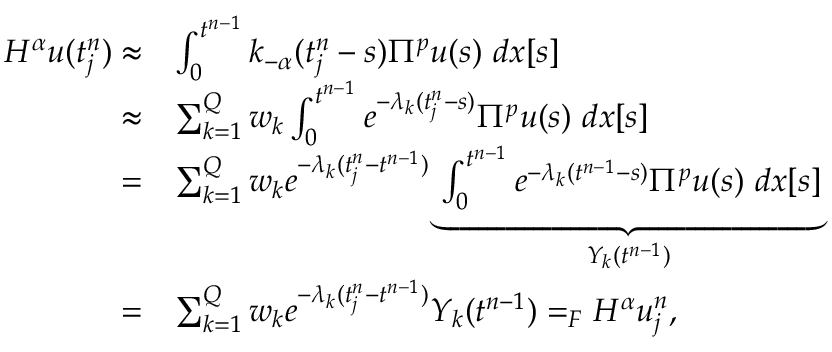
\begin{array} { r l } { H ^ { \alpha } u ( t _ { j } ^ { n } ) \approx } & { \int _ { 0 } ^ { t ^ { n - 1 } } k _ { - \alpha } ( t _ { j } ^ { n } - s ) \Pi ^ { p } u ( s ) \ d x [ s ] } \\ { \approx } & { \sum _ { k = 1 } ^ { Q } w _ { k } \int _ { 0 } ^ { t ^ { n - 1 } } e ^ { - \lambda _ { k } ( t _ { j } ^ { n } - s ) } \Pi ^ { p } u ( s ) \ d x [ s ] } \\ { = } & { \sum _ { k = 1 } ^ { Q } w _ { k } e ^ { - \lambda _ { k } ( t _ { j } ^ { n } - t ^ { n - 1 } ) } \underbrace { \int _ { 0 } ^ { t ^ { n - 1 } } e ^ { - \lambda _ { k } ( t ^ { n - 1 } - s ) } \Pi ^ { p } u ( s ) \ d x [ s ] } _ { Y _ { k } ( t ^ { n - 1 } ) } } \\ { = } & { \sum _ { k = 1 } ^ { Q } w _ { k } e ^ { - \lambda _ { k } ( t _ { j } ^ { n } - t ^ { n - 1 } ) } Y _ { k } ( t ^ { n - 1 } ) = _ { F } H ^ { \alpha } u _ { j } ^ { n } , } \end{array}